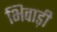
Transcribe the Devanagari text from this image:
भिवाड़ी